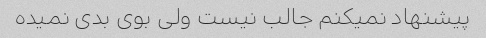
پیشنهاد نمیکنم جالب نیست ولی بوی بدی نمیده